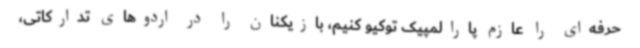
حرفه‌ای را عازم پارالمپیک توکیو کنیم، بازیکنان را در اردوهای تدارکاتی،